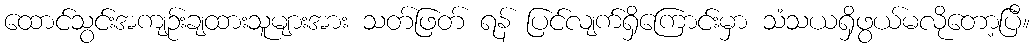
ထောင်သွင်းအကျဉ်းချထားသူများအား သတ်ဖြတ် ရန် ပြင်လျက်ရှိကြောင်းမှာ သံသယရှိဖွယ်မလိုတော့ပြီ။